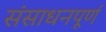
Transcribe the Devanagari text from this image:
संसाधनपूर्ण